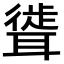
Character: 𫆎